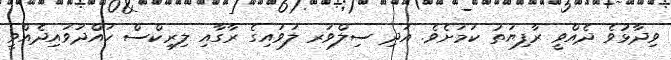
ވިދާޅުވެ ދެއްވީ ރާފިޔަތު ކަަމަށެވެ. އަދި ސިލްވަރ ލަވައިގެ ރާގާއި ލިރިކްސް ހައްދަވައިދެއްވީ